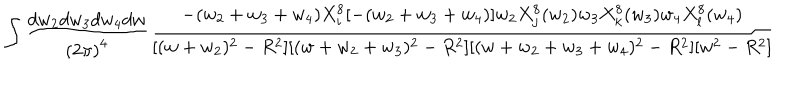
\int \frac { d w _ { 2 } d w _ { 3 } d w _ { 4 } d w } { { ( 2 \pi ) } ^ { 4 } } \frac { - ( w _ { 2 } + w _ { 3 } + w _ { 4 } ) X _ { i } ^ { 8 } [ - ( w _ { 2 } + w _ { 3 } + w _ { 4 } ) ] w _ { 2 } X _ { j } ^ { 8 } ( w _ { 2 } ) w _ { 3 } X _ { k } ^ { 8 } ( w _ { 3 } ) w _ { 4 } X _ { l } ^ { 8 } ( w _ { 4 } ) } { [ ( w + w _ { 2 } ) ^ { 2 } - R ^ { 2 } ] [ ( w + w _ { 2 } + w _ { 3 } ) ^ { 2 } - R ^ { 2 } ] [ ( w + w _ { 2 } + w _ { 3 } + w _ { 4 } ) ^ { 2 } - R ^ { 2 } ] [ w ^ { 2 } - R ^ { 2 } ] }